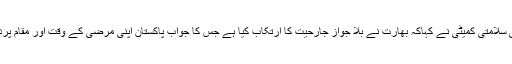
قومی سلامتی کمیٹی نے کہاکہ بھارت نے بلا جواز جارحیت کا ارتکاب کیا ہے جس کا جواب پاکستان اپنی مرضی کے وقت اور مقام پردیگا ۔